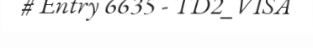
# Entry 6635 - TD2_VISA